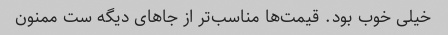
خیلی خوب بود. قیمت‌ها مناسب‌تر از جاهای دیگه ست ممنون